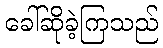
ခေါ်ဆိုခဲ့ကြသည်